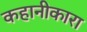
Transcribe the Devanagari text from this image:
कहानीकारा